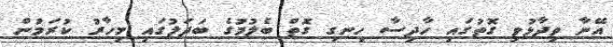
އޭނާ ވިދާޅުވި ގޮތުގައި ހާދިސާ ހިނގި ގޮތް ބެލުމުގެ ބަދަލުގައި މިހާރު ކުރަމުން